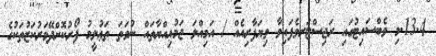
13.4.މި ވެބްސައިޓުގައި ރަޖިސްޓަރވެފައިވާ ވިޔަފާރިއެއް / އަމިއްލަ ޖަމުޢިއްޔާތައް ނުވަތަ ތަޢުލީމު ފޯރުކޮށްދޭމަރުކަޒުތަކުގެ